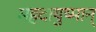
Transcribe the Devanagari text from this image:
महदायुष्मान्